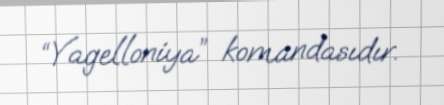
“Yagelloniya” komandasıdır.